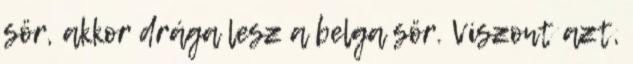
sör, akkor drága lesz a belga sör. Viszont azt,